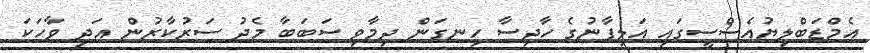
އެމްޑަބްލިޔުއެސްސީގައި އަލިފާނުގެ ހާދިސާ ހިނގަން ދިމާވި ސަބަބާ މެދު ސަރުކާރުން އަދި ވާހަކަ